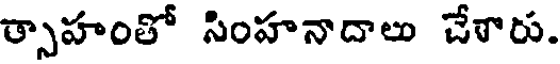
ర్సాహంతో సింహనాదాలు చేశారు.